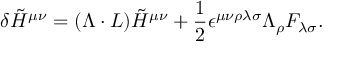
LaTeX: \delta \tilde { H } ^ { \mu \nu } = ( \Lambda \cdot L ) \tilde { H } ^ { \mu \nu } + { \frac { 1 } { 2 } } \epsilon ^ { \mu \nu \rho \lambda \sigma } \Lambda _ { \rho } { \cal F } _ { \lambda \sigma } .